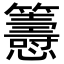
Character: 𢥰